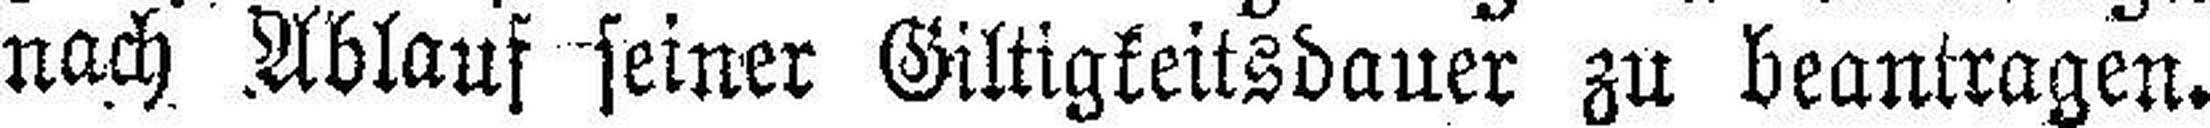
nach Ablauf seiner Giltigkeitsdauer zu beantragen.